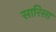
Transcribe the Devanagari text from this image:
सारिसा